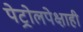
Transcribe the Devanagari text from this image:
पेट्रोलपेक्षाही